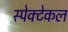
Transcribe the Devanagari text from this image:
स्पेक्टेकल